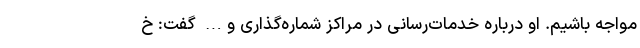
مواجه باشیم. او درباره خدمات‌رسانی در مراکز شماره‌گذاری و… گفت: خ